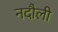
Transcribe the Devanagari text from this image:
नदौली